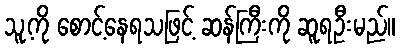
သူ့ကို စောင့်နေရသဖြင့် ဆန်ကြီးကို ဆူရဦးမည်။